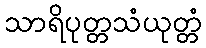
သာရိပုတ္တသံယုတ္တံ